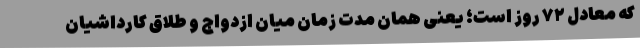
که معادل ۷۲ روز است؛ یعنی همان مدت زمان میان ازدواج و طلاق کارداشیان